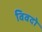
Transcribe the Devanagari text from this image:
विवदो